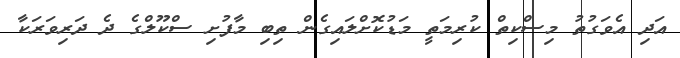
އަދި އެވަގުތު މިސްކިތް ކުރިމަތީ މަޑުކޮށްލައިގެން ތިބި މާފުށި ސްކޫލްގެ ދެ ދަރިވަރަކާ